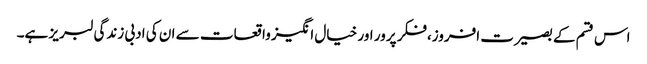
اس قسم کے بصیرت افروز،فکر پرور اور خیال انگیز واقعات سے ان کی ادبی زندگی لبریز ہے۔